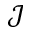
\mathcal { J }